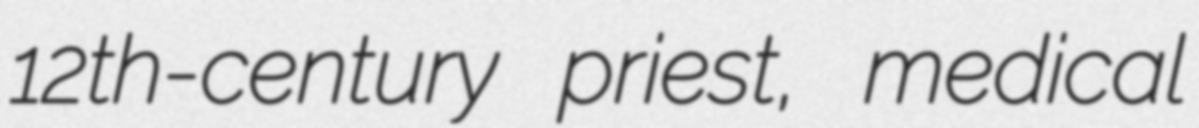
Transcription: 12th-century priest, medical